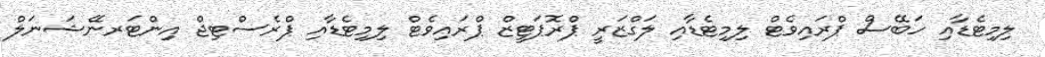
ލިމިޓެޑާއި ހަބޭސް ޕްރައިވެޓް ލިމިޓެޑާއި ލަގްޒަރީ ޕްރޮޕަޓީޒް ޕްރައިވެޓް ލިމިޓެޑާއި ޕްރެސްޓިޖް އިންޓަރނޭޝަނަލް